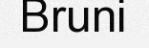
Bruni